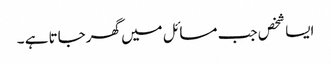
ایسا شخص جب مسائل میں گھرجاتا ہے ۔